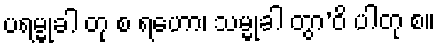
ပရမ္မုခါ တု စ ရဟော၊ သမ္မုခါ တွာ’ဝိ ပါတု စ။